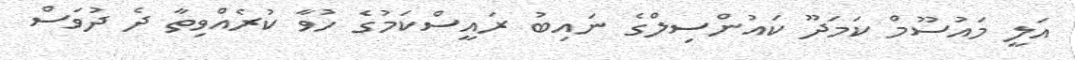
އަލީ މައުސޫމް ކަމަދޫ ކައުންސިލްގެ ނައިބު ރައީސްކަމުގެ ހުވާ ކުރެއްވިތާ ދެ ދުވަސް